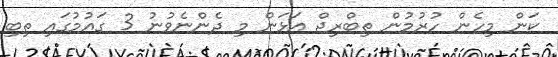
ކަން މިހެން ހުރުމުން ތިބްރިޖް އަޅަން މި ދެންނެވުނު 3 ގައުމުގައި ތިބި